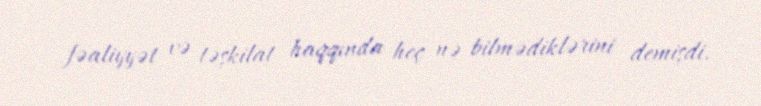
fəaliyyət və təşkilat haqqında heç nə bilmədiklərini demişdi.